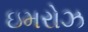
ઇમરોઝ